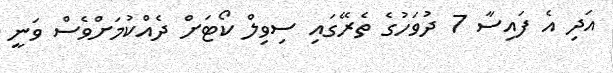
އަދި އެ ފައިސާ 7 ދުވަހުގެ ތެރޭގައި ސިވިލް ކޯޓަށް ދެއްކުމަށްވެސް ވަނީ